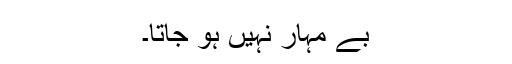
بے مہار نہیں ہو جاتا۔